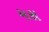
મરા